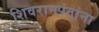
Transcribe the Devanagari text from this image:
शिवरामपंतांना